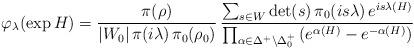
LaTeX: \begin{align*}\varphi_\lambda(\exp H)=\frac{\pi(\rho)}{|W_0|\,\pi(i\lambda)\,\pi_0(\rho_0)}\,\frac{ \sum_{s\in W} \det (s)\,\pi_0(is\lambda)\,e^{is\lambda(H)}}{\prod_{\alpha\in\Delta^+\setminus\Delta_0^+}\left(e^{\alpha(H)}-e^{-\alpha(H)}\right)}\end{align*}